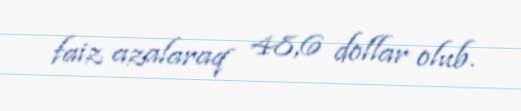
faiz azalaraq 48,6 dollar olub.